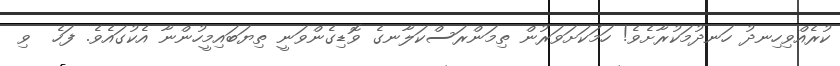
ކުރެއްވިހިނދު ހަނދުމަކުރާށެވެ! ހަމަކަށަވަރުން ތިމަންރަސްކަލާނގެ ވޮޑިގެންވަނީ ތިޔަބައިމީހުންނާ އެކުގައެވެ. ފަހެ  ވި